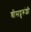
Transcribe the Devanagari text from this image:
श्रीसद्गुरूंशी